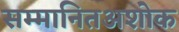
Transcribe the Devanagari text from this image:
सम्मानितअशोक